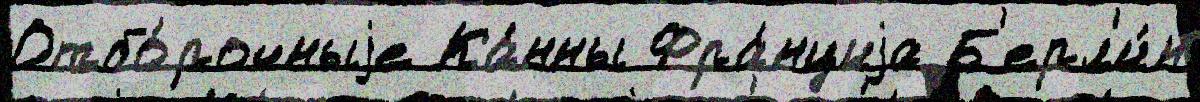
Отбо́рочныjе Ка́нны Фра́нциjа Б'ерл'и́н